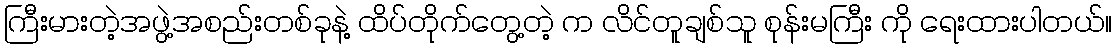
ကြီးမားတဲ့အဖွဲ့အစည်းတစ်ခုနဲ့ ထိပ်တိုက်တွေ့တဲ့ က လိင်တူချစ်သူ စုန်းမကြီး ကို ရေးထားပါတယ်။